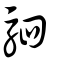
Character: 駟